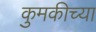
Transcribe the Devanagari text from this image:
कुमकीच्या